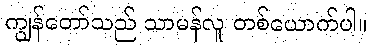
ကျွန်တော်သည် သာမန်လူ တစ်ယောက်ပါ။